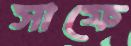
সাফে